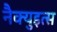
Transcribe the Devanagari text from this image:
नैक्युइत्स